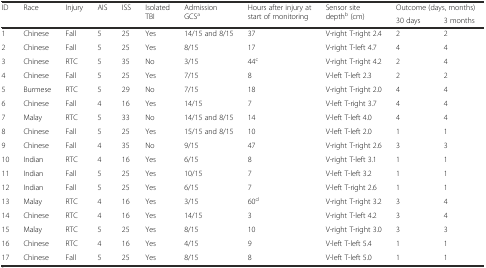
| <ROWSPAN=2> ID | <ROWSPAN=2> Race | <ROWSPAN=2> Injury | <ROWSPAN=2> AIS | <ROWSPAN=2> ISS | <ROWSPAN=2> Isolated TBI | <ROWSPAN=2> Admission GCSa | <ROWSPAN=2> Hours after injury at start of monitoring | <ROWSPAN=2> Sensor site depthb (cm) | <COLSPAN=2> Outcome (days, months) |
 | 30 days | 3 months |
 | --- | --- | --- | --- | --- | --- | --- | --- | --- | --- | --- |
 | 1 | Chinese | Fall | 5 | 25 | Yes | 14/15 and 8/15 | 37 | V-right T-right 2.4 | 2 | 2 |
 | 2 | Chinese | Fall | 5 | 25 | Yes | 8/15 | 17 | V-right T-left 4.7 | 4 | 4 |
 | 3 | Chinese | RTC | 5 | 35 | No | 3/15 | 44c | V-right T-right 4.2 | 2 | 4 |
 | 4 | Chinese | Fall | 5 | 25 | Yes | 7/15 | 8 | V-left T-left 2.3 | 2 | 2 |
 | 5 | Burmese | RTC | 5 | 29 | No | 7/15 | 18 | V-right T-right 2.0 | 4 | 4 |
 | 6 | Chinese | Fall | 4 | 16 | Yes | 14/15 | 7 | V-left T-right 3.7 | 4 | 4 |
 | 7 | Malay | RTC | 5 | 33 | No | 14/15 and 8/15 | 14 | V-left T-left 4.0 | 4 | 4 |
 | 8 | Chinese | Fall | 5 | 25 | Yes | 15/15 and 8/15 | 10 | V-left T-left 2.0 | 1 | 1 |
 | 9 | Chinese | Fall | 4 | 35 | No | 9/15 | 47 | V-right T-right 2.6 | 3 | 3 |
 | 10 | Indian | RTC | 4 | 16 | Yes | 6/15 | 8 | V-right T-left 3.1 | 1 | 1 |
 | 11 | Indian | Fall | 5 | 25 | Yes | 10/15 | 7 | V-left T-left 3.2 | 1 | 1 |
 | 12 | Indian | Fall | 5 | 25 | Yes | 6/15 | 7 | V-left T-right 2.6 | 1 | 1 |
 | 13 | Malay | RTC | 4 | 16 | Yes | 3/15 | 60d | V-right T-right 3.2 | 3 | 4 |
 | 14 | Chinese | RTC | 4 | 16 | Yes | 14/15 | 3 | V-right T-left 4.2 | 3 | 4 |
 | 15 | Malay | RTC | 5 | 25 | Yes | 8/15 | 10 | V-right T-right 3.0 | 3 | 3 |
 | 16 | Chinese | RTC | 4 | 16 | Yes | 4/15 | 9 | V-left T-left 5.4 | 1 | 1 |
 | 17 | Chinese | Fall | 5 | 25 | Yes | 8/15 | 8 | V-left T-left 5.0 | 1 | 1 |